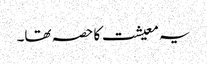
یہ معیشت کا حصہ تھا۔